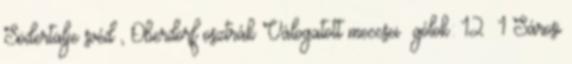
Södertälje svéd , Oberdorf osztrák Válogatott meccsei gólok: 12 1 Sárosi